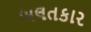
બલતકાર